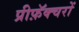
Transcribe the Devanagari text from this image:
प्रीफ़ॅक्चरों